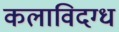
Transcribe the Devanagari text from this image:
कलाविदग्ध